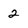
Character: 2